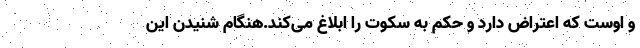
و اوست که اعتراض دارد و حکم به سکوت را ابلاغ می‌کند.هنگام شنیدن این